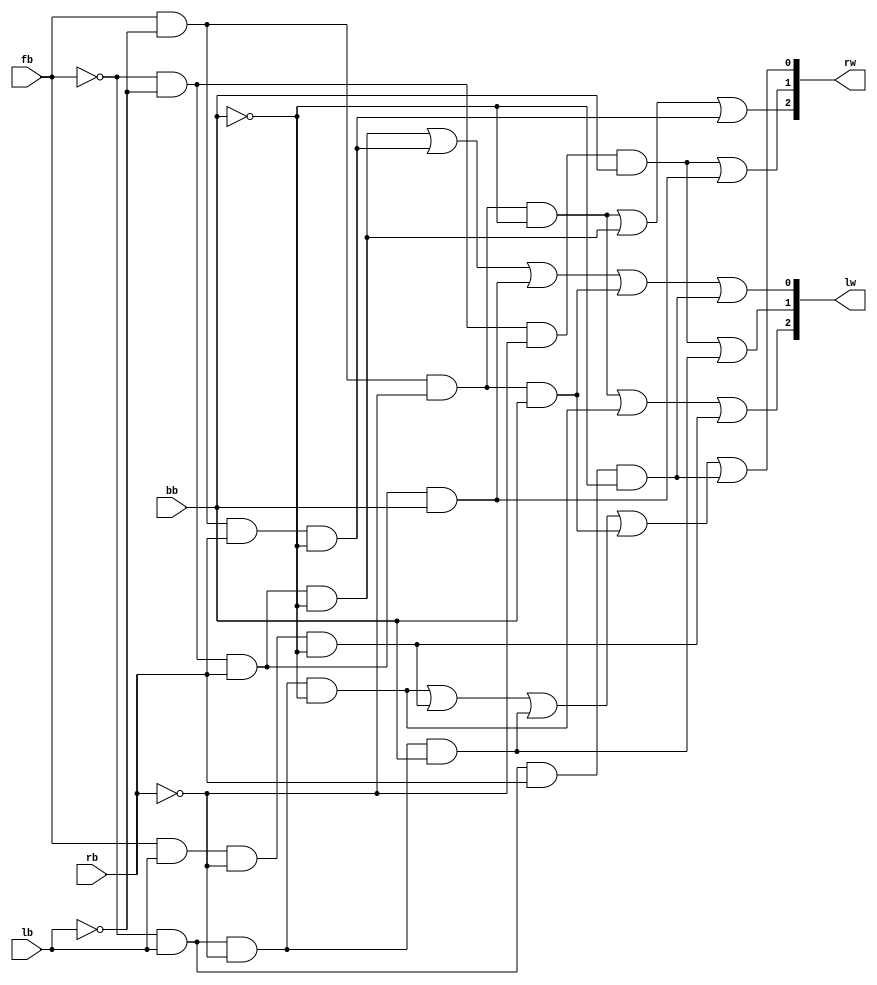
module BumperLogic(fb,lb,rb,bb,lw,rw);
	input fb,lb,rb,bb;
	output [2:0] lw,rw;
	assign lw[2] = (fb&~lb&~rb&~bb) | (~fb&lb&~rb&~bb) | (fb&lb&~rb&~bb);
	assign lw[1] = (~fb&~lb&~rb&bb) | (~fb&lb&~rb&bb);
	assign lw[0] = (~fb&~lb&rb&~bb) | (fb&~lb&rb&~bb) | (~fb&~lb&rb&bb) | (fb&~lb&~rb&bb) | (~fb&lb&rb&~bb);
	
	assign rw[2] = (fb&~lb&~rb&~bb) | (~fb&~lb&rb&~bb) | (fb&~lb&rb&~bb);
	assign rw[1] = (~fb&~lb&~rb&bb) | (~fb&~lb&rb&bb);
	assign rw[0] = (~fb&lb&~rb&~bb) | (fb&lb&~rb&~bb) | (~fb&lb&~rb&bb) | (fb&~lb&~rb&bb) | (~fb&lb&rb&~bb);
endmodule